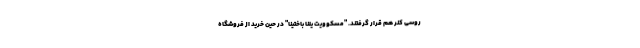
روسی کنر هم قرار گرفتند. "مسکوویت یلنا باختینا" در حین خرید از فروشگاه